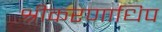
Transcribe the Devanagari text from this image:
श्रीकरणाधिप